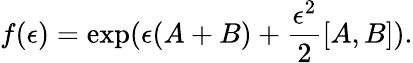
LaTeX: f(\epsilon)=\exp(\epsilon(A+B)+\frac{\epsilon^{2}}{2}[A,B]).